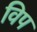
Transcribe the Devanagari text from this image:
विप